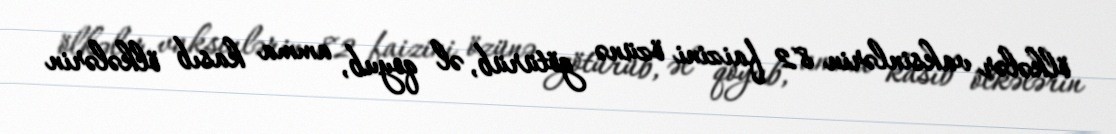
ölkələr vaksinlərin 82 faizini özünə götürüb, əl qoyub, amma kasıb ölkələrin